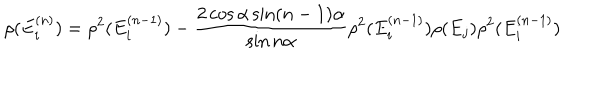
\rho ( E _ { i } ^ { ( n ) } ) = \rho ^ { 2 } ( E _ { i } ^ { ( n - 1 ) } ) - \frac { 2 \cos \alpha \sin ( n - 1 ) \alpha } { \sin n \alpha } \rho ^ { 2 } ( E _ { i } ^ { ( n - 1 ) } ) \rho ( E _ { j } ) \rho ^ { 2 } ( E _ { i } ^ { ( n - 1 ) } )